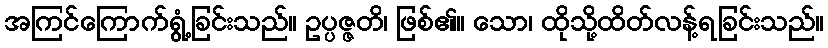
အကြင်ကြောက်ရွံ့ခြင်းသည်။ ဥပ္ပဇ္ဇတိ၊ ဖြစ်၏။ သော၊ ထိုသို့ထိတ်လန့်ရခြင်းသည်။